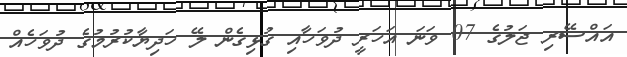
އައްސޭރި ޖަލުގެ 07 ވަނަ އަހަރީ ދުވަހާއި ގުޅިގެން ލޭ ހަދިޔާކުރުމުގެ ދުވަހެއް